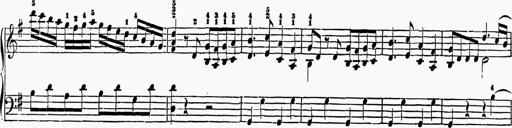
Title: 6 Sonatas
Composer: Muzio Clementi